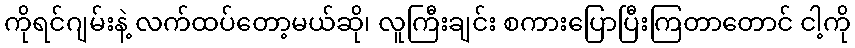
ကိုရင်ဂျမ်းနဲ့ လက်ထပ်တော့မယ်ဆို၊ လူကြီးချင်း စကားပြောပြီးကြတာတောင် ငါ့ကို